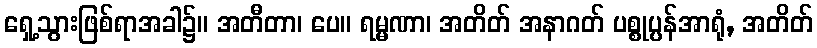
ရှေ့သွားဖြစ်ရာအခါ၌။ အတီတာ၊ ပေ။ ရမ္မဏာ၊ အတိတ် အနာဂတ် ပစ္စုပ္ပန်အာရုံ, အတိတ်